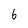
Character: 6